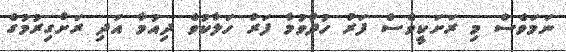
ނަމަވެސް މި ރަށަކީވެސް ފަރު ހުދުވުމާ ފަރު ހަލާކުވެ ދިއުމާ އަދި ރަށްގިރުމުގެ